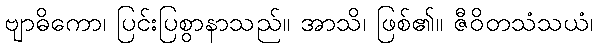
ဗျာဓိကော၊ ပြင်းပြစွာနာသည်။ အာသိ၊ ဖြစ်၏။ ဇီဝိတသံသယံ၊